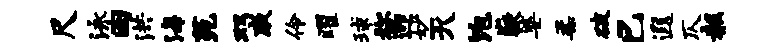
尺泳曰洪海苑双戚伶曜球称迎妙灭饱嶷婆柔破巳遐仄赧